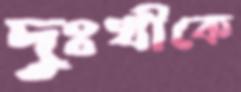
দুঃখীকে